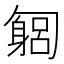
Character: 匔